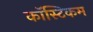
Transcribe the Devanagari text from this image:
कॉस्टिकम